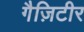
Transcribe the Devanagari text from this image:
गैज़िटीर